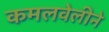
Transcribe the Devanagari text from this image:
कमलवेलीने